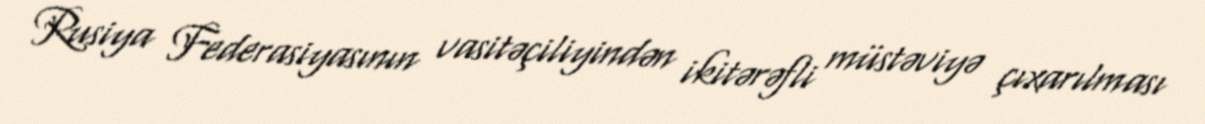
Rusiya Federasiyasının vasitəçiliyindən ikitərəfli müstəviyə çıxarılması